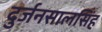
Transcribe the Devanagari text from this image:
दुर्जनसालसिंह